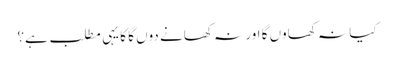
کیا نہ کھاوں گا اور نہ کھانے دوں گا کا یہی مطلب ہے؟